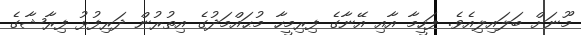
މޫނަށް ބަލައިލިއެވެ. ފަހީމާ އާއި އޭނާގެ ފިރިމީހާ މުޙައްމަދުގެ އިތުރުން ދަރިފުޅު ފިރާޝާގެ